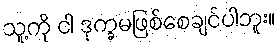
သူ့ကို ငါ ဒုက္ခမဖြစ်စေချင်ပါဘူး။